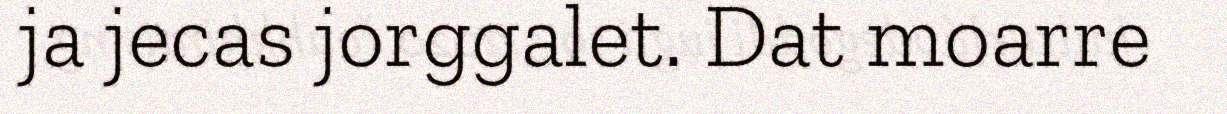
ja jecas jorggalet. Dat moarre